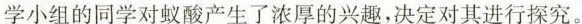
学小组的同学对蚁酸产生了浓厚的兴趣，决定对其进行探究。